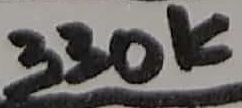
Text: 330K